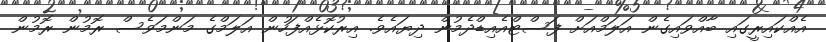
އެއްކައިރީގައި ބާއްވައިގެން އަލަމްއަށް ފަސްޓްއެއިޑްދެމުން ދިޔައެވެ. އިރުކޮޅެއްފަހުން އަލަމްގެ މަންމަވެސް ރޮމުން ރޮމުން